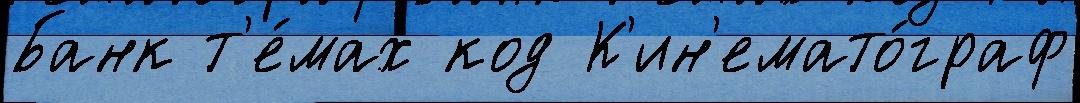
Банк т'е́мах код К'ин'емато́граф